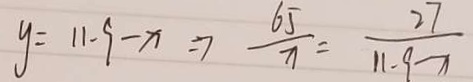
y = 1 1 - 9 - x \Rightarrow \frac { 6 5 } { x } = \frac { 2 7 } { 1 1 - 9 - x }